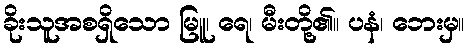
ခိုးသူအစရှိသော မြူ၊ ရေ၊ မီးတို့၏။ ပနံ၊ ဘေးမှ။